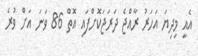
އެއީ މިދިޔަ އަހަރު ރާއްޖެ ދަރަޖަކޮށްފައި އޮތް 86 ވަނަ އަށް ވުރެ